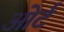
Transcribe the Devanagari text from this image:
ओर्ट